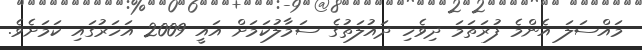
މައްސަލަ އެންމެ ފުރަތަމަ ދިވެހި ދައުލަތުގެ ސަމާލުކަމަށް އައީ 2009 އަހަރުގައި ކަމަށެވެ.